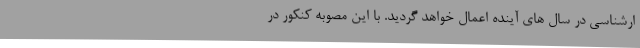
ارشناسی در سال های آینده اعمال خواهد گردید. با این مصوبه کنکور در